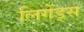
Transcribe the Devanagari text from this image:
लिगेंड्स